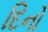
દિનો